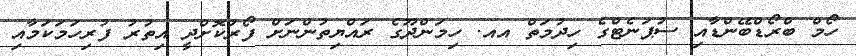
ހޯމް ބްރޯޑްބޭންޑާއި ސުޕަނެޓްގެ ހިދުމަތް އއ. ހިމަންދޫގެ ރައްޔިތުންނަށް ފޯރުކޮށްދީ އިތުރު ފުރިހަމަކަމާއި